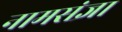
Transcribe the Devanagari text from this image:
नामसंज्ञा